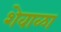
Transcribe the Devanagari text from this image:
शेवाळा